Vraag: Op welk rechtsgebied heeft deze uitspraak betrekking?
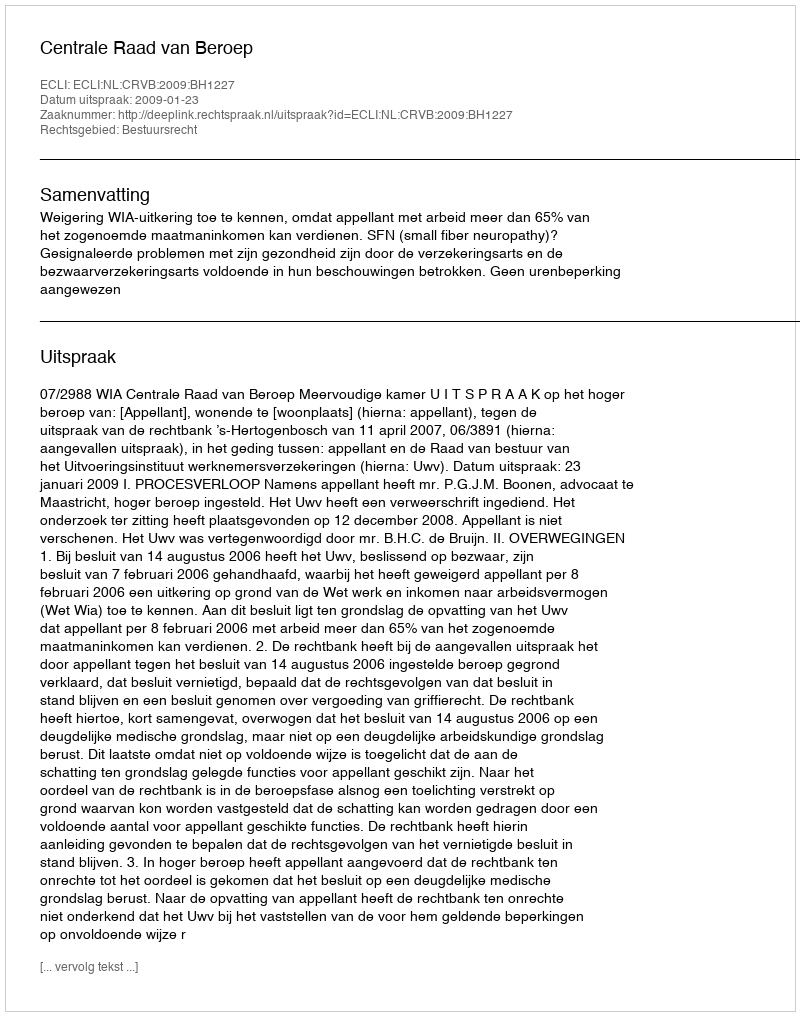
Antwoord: Bestuursrecht